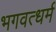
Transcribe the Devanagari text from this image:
भगवत्धर्म